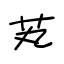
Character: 芄